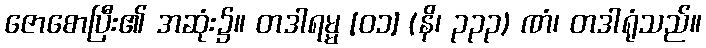
ဇောစောပြီး၏ အဆုံး၌။ တဒါရမ္မ [၀၁] (နိ၊ ၃၃၃) ဏံ၊ တဒါရုံသည်။